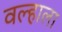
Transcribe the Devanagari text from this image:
वल्हाला